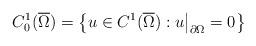
LaTeX: \begin{align*} C^1_0(\overline{\Omega})= \left\{u \in C^1(\overline{\Omega}): u\big|_{\partial \Omega}=0 \right\}\end{align*}